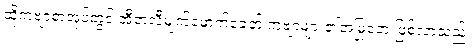
ထိုကဗျာစာအုပ်တွင် အီတလီမျက်မှောက်ခေတ် ကဗျာများ၏အမြုတေ ဖြစ်လာသည်။